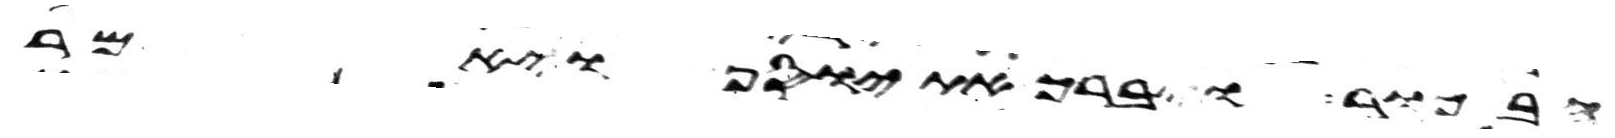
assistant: הבכור ויברך את יוסף ויאמר